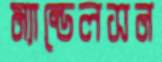
ম্যান্ডেলসন